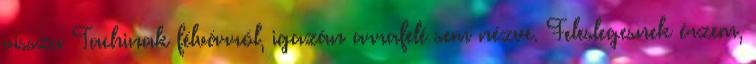
vissza Tachinak félvárról, igazán arrafelé sem nézve. Feleslegesnek érzem,